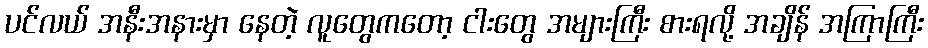
ပင်လယ် အနီးအနားမှာ နေတဲ့ လူတွေကတော့ ငါးတွေ အများကြီး စားရလို့ အချိန် အကြာကြီး